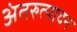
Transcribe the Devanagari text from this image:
अंतरुत्पादन